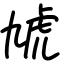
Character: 虓